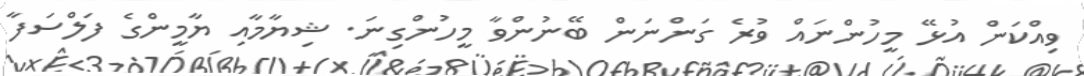
ވިއްކަން އުޅޭ މީހުންނައް ވުރެ ގަންނަން ބޭނުންވާ މީހުންގިނަ. ޝިޔާމާއި ޔާމީންގެ ފަލްސަފާ